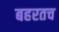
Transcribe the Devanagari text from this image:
बहरतच